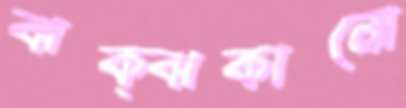
ঝক্‌ঝকানো